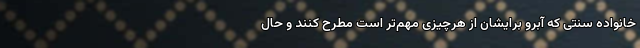
خانواده سنتی که آبرو برایشان از هرچیزی مهم‌تر است مطرح کنند و حال